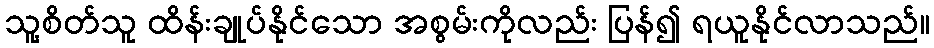
သူ့စိတ်သူ ထိန်းချုပ်နိုင်သော အစွမ်းကိုလည်း ပြန်၍ ရယူနိုင်လာသည်။